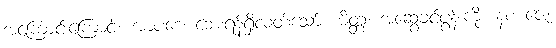
အကြောင်းကြောင့်။ အာပဒေ၊ ဘေးရန်ရှိလတ်သော်။ မိတ္တံ၊ အဆွေခင်ပွန်းကို။ နစ ဇေ၊